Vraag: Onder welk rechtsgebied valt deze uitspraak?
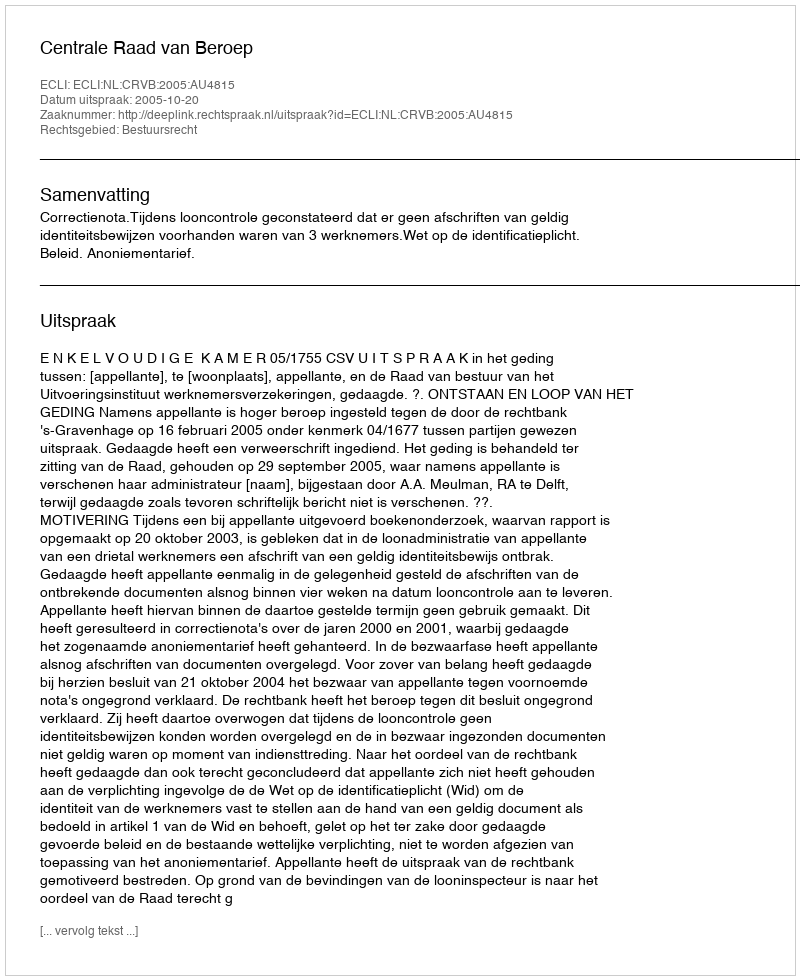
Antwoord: Bestuursrecht